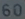
60